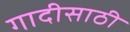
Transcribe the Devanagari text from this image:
गादीसाठी